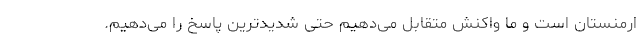
ارمنستان است و ما واکنش متقابل می‌دهیم حتی شدیدترین پاسخ را می‌دهیم.